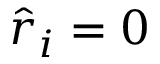
\hat { r } _ { i } = 0